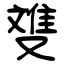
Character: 﨎